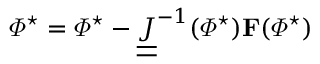
\mathbf { \varPhi } ^ { \star } = \mathbf { \varPhi } ^ { \star } - \underline { { \underline { { J } } } } ^ { - 1 } ( \mathbf { \varPhi } ^ { \star } ) \mathbf { F } ( \mathbf { \varPhi } ^ { \star } )